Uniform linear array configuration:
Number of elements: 24
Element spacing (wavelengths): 0.75
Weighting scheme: exponential
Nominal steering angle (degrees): -60
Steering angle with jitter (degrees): -58.613
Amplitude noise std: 0.05
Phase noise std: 0.05

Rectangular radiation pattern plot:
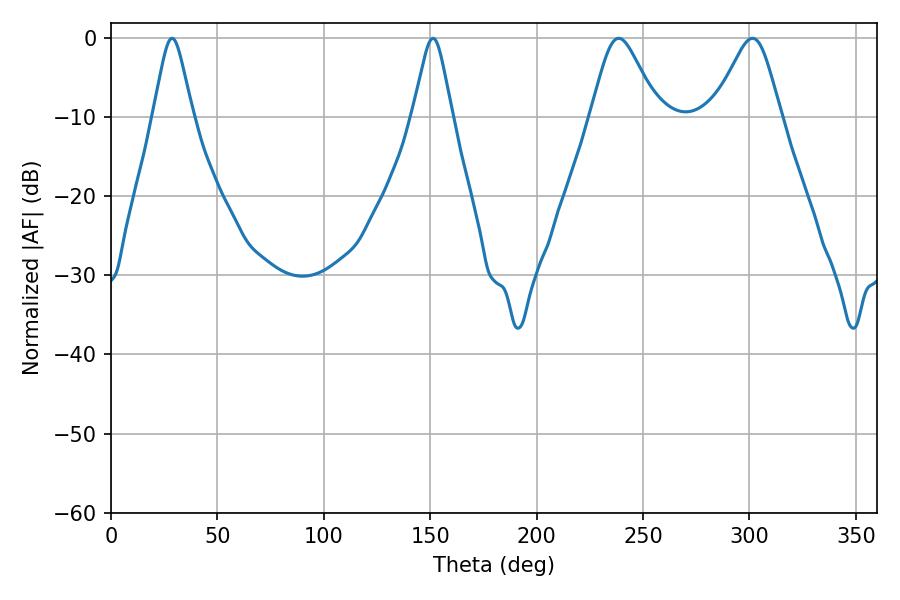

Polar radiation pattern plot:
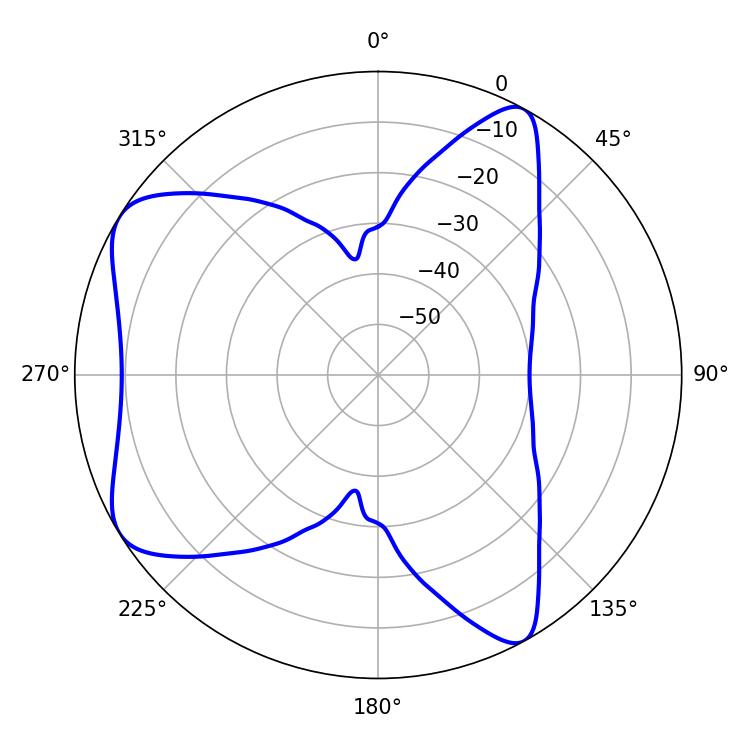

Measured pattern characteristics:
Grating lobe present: TRUE
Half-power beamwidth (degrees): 15.3
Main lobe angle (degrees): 238.5